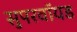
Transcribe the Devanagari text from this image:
सुपरवॉयड